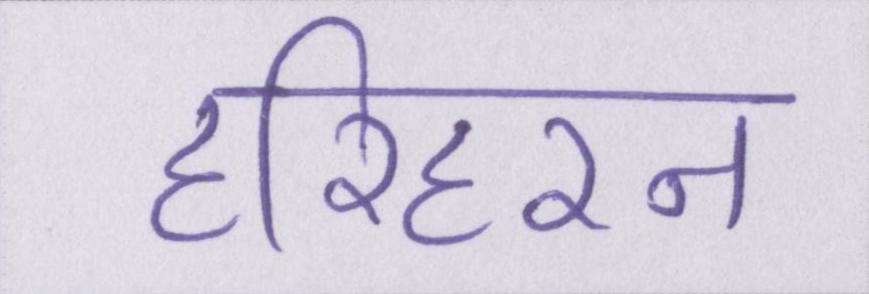
हरिहरन